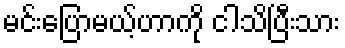
မင်းပြောမယ့်ဟာကို ငါသိပြီးသား